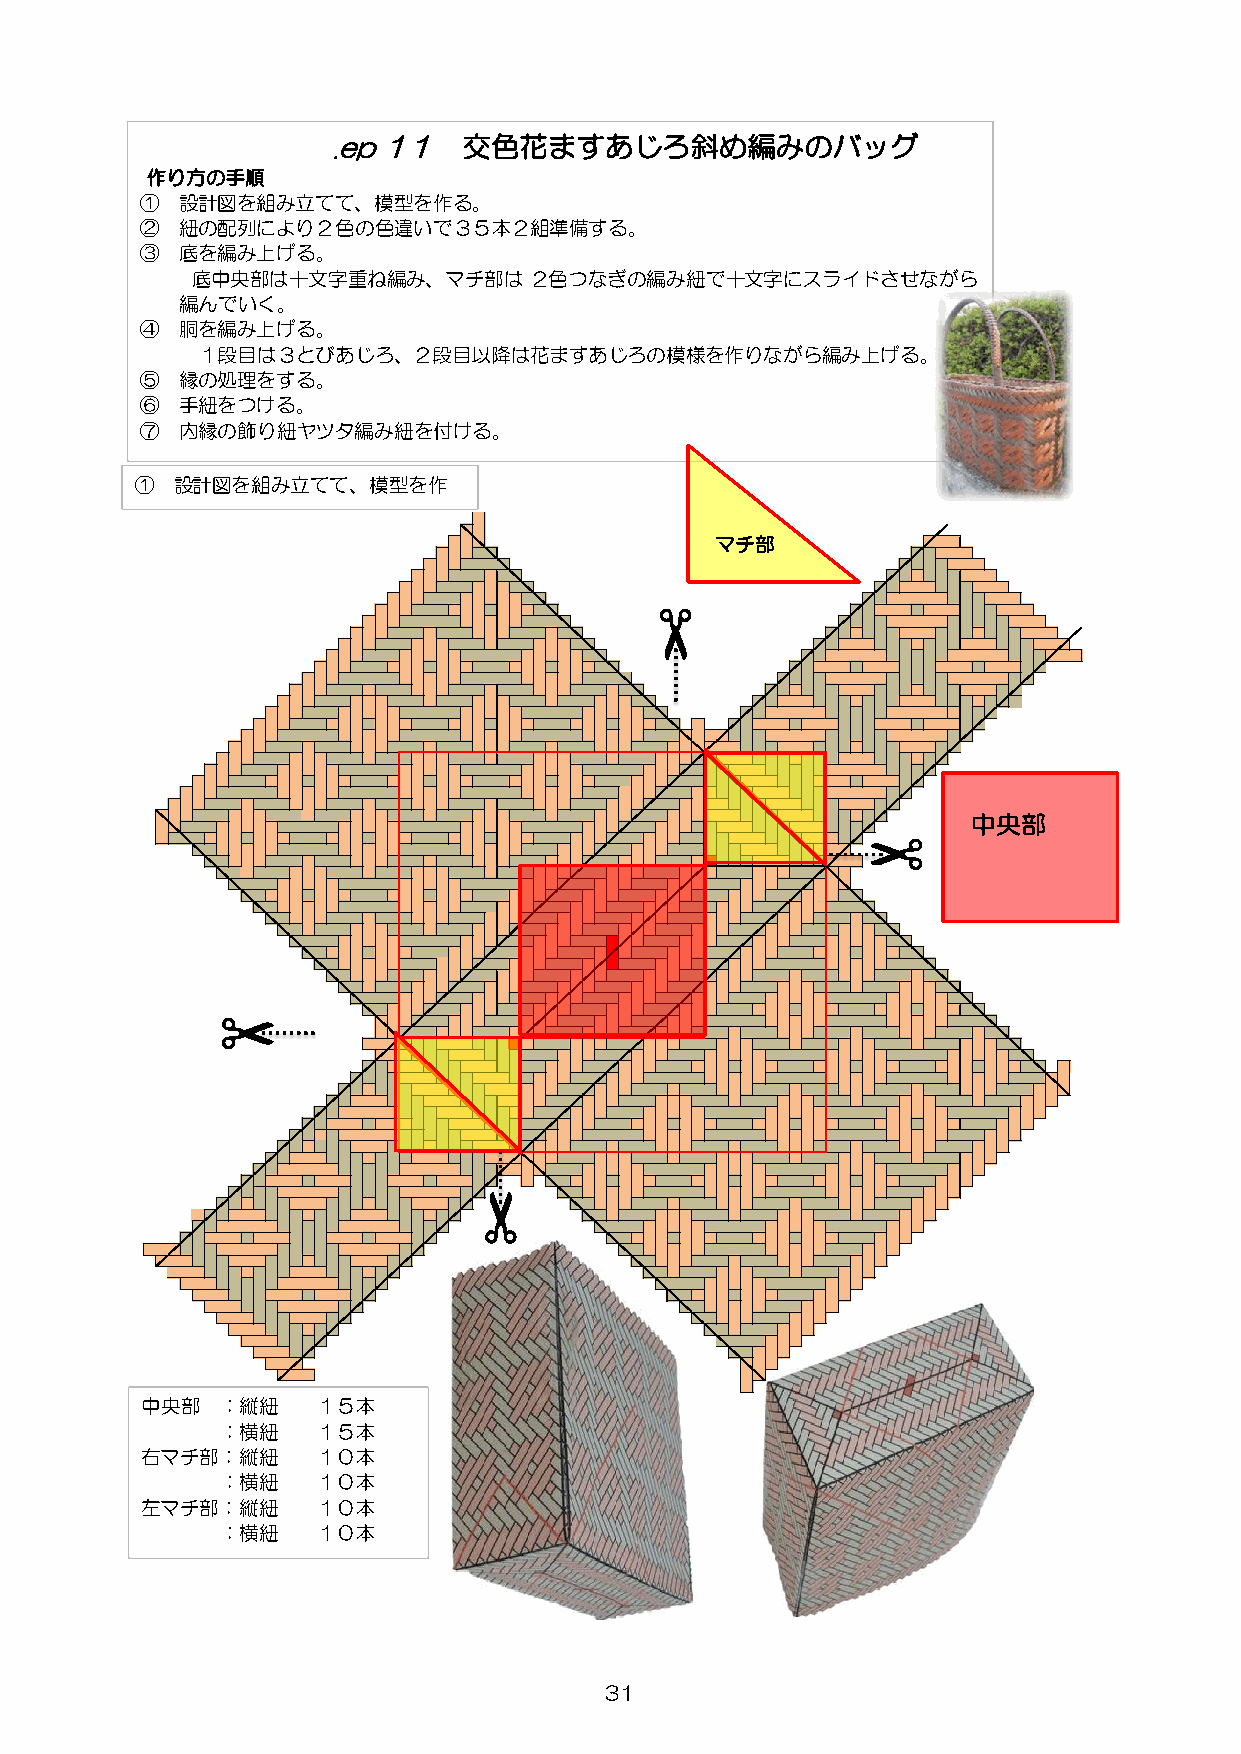
.ep 1１   交色花ますあじろ斜め編みのバッグ
 作り方の手順
 ①  設計図を組み立てて、模型を作る。
 ②  紐の配列により２色の色違いで３５本２組準備する。
 ③  底を編み上げる。
 底中央部は十文字重ね編み、マチ部は     ２色つなぎの編み紐で十文字にスライドさせながら
 編んでいく。
 ④  胴を編み上げる。
 １段目は３とびあじろ、２段目以降は花ますあじろの模様を作りながら編み上げる。
 ⑤  縁の処理をする。
 ⑥  手紐をつける。
 ⑦  内縁の飾り紐ヤツタ編み紐を付ける。
 ① 設計図を組み立てて、模型を作
 マチ部
 ✂
 中央部
 ✂
 ✂
 ✂
 中央部   ：縦紐   １５本
 ：横紐   １５本
 右マチ部：縦紐     １０本
 ：横紐   １０本
 左マチ部：縦紐     １０本
 ：横紐   １０本
 31